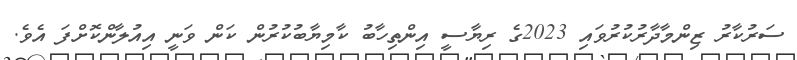
ސަރުކާރު ޒިންމާދާރުކުރުވައި 2023ގެ ރިޔާސީ އިންތިހާބު ކާމިޔާބުކުރުން ކަން ވަނީ އިއުލާންކޮށްފަ އެވެ.